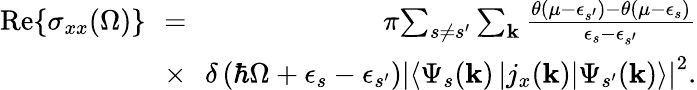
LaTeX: \begin{array}{rlr}{\mathrm{Re}{\left\{ \sigma_{xx}(\Omega)\right\} }\! \! }&{=}&{\! \pi\! \sum_{s\neq s^{\prime}}\sum_{\mathbf{k}}\frac{\theta\left(\mu-\epsilon_{s^{\prime}}\right)-\theta\left(\mu-\epsilon_{s}\right)}{\epsilon_{s}-\epsilon_{s^{\prime}}}}\\ &{\times}&{\! \! \delta\left(\hbar\Omega+\epsilon_{s}-\epsilon_{s^{\prime}}\right)\left|\left\langle\Psi_{s}(\mathbf{k})\left|j_{x}(\mathbf{k})\right|\Psi_{s^{\prime}}(\mathbf{k})\right\rangle\right|^{2}.}\end{array}